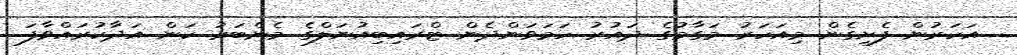
އަހަރުން ފެށިގެން މިއަހަރު މަގާމުގެ ދައުރު ހަމަވަންދެން ޓްރައިބިއުނަލްގެ މެންބަރު ކަން އަދާކުރައްވާފަ